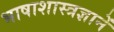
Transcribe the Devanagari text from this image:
भाषाशास्त्रज्ञानें